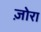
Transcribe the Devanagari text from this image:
ज़ोरा